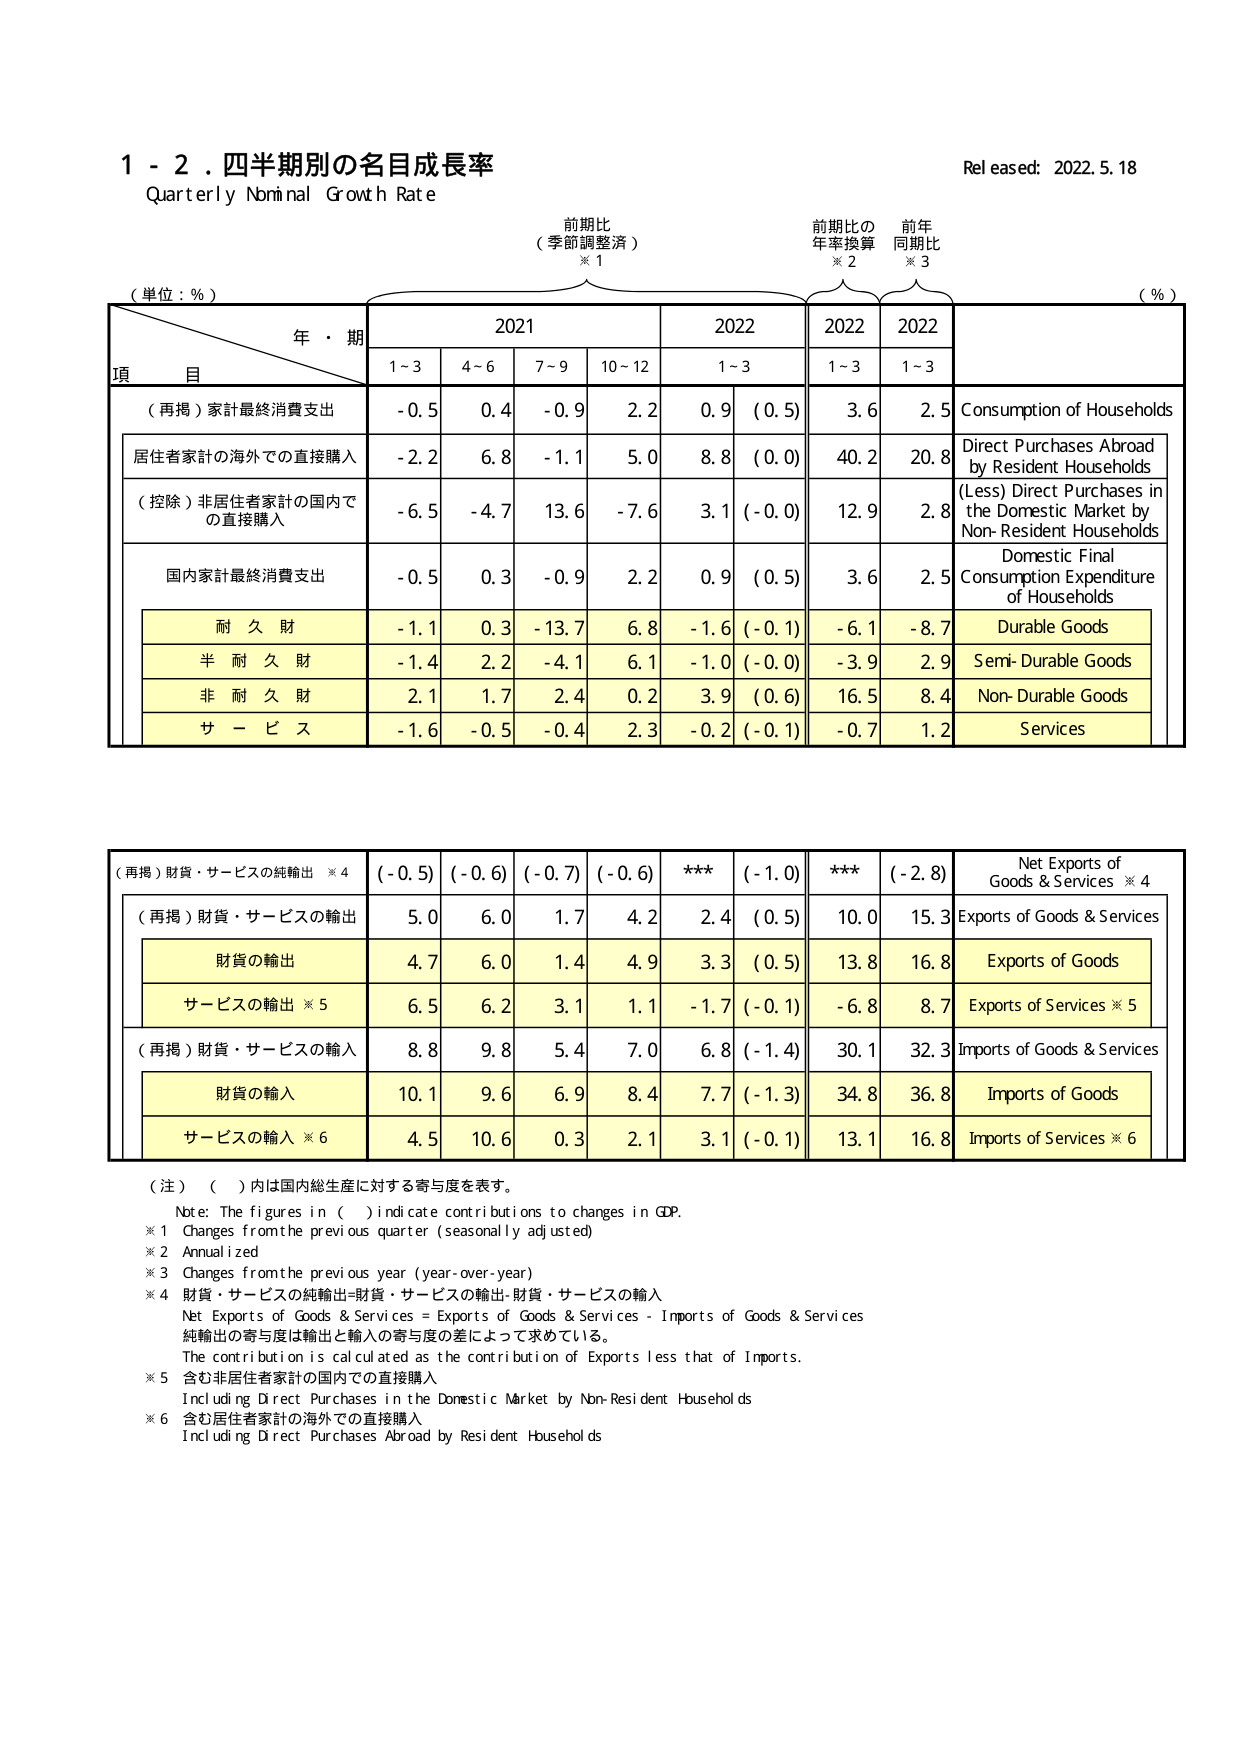
1 - 2. 四半期別の名目成長率
Quarterly Nominal Growth Rate
Released: 2022.5.18

（単位：%）
年・期
項 目
前期比
（季節調整済）※1
前期比の
年率換算※2
前年
同期比※3
（%）

2021
2022
2022
2022

1~3
4~6
7~9
10~12
1~3
1~3
1~3

（再掲）家計最終消費支出
-0.5
0.4
-0.9
2.2
0.9
(0.5)
3.6
2.5
Consumption of Households

居住者家計の海外での直接購入
-2.2
6.8
-1.1
5.0
8.8
(0.0)
40.2
20.8
Direct Purchases Abroad by Resident Households

（控除）非居住者家計の国内での直接購入
-6.5
-4.7
13.6
-7.6
3.1
(-0.0)
12.9
2.8
(Less) Direct Purchases in the Domestic Market by Non-Resident Households

国内家計最終消費支出
-0.5
0.3
-0.9
2.2
0.9
(0.5)
3.6
2.5
Domestic Final Consumption Expenditure of Households

耐 久 財
-1.1
0.3
-13.7
6.8
-1.6
(-0.1)
-6.1
-8.7
Durable Goods

半 耐 久 財
-1.4
2.2
-4.1
6.1
-1.0
(-0.0)
-3.9
2.9
Semi-Durable Goods

非 耐 久 財
2.1
1.7
2.4
0.2
3.9
(0.6)
16.5
8.4
Non-Durable Goods

サ ー ビ ス
-1.6
-0.5
-0.4
2.3
-0.2
(-0.1)
-0.7
1.2
Services

（再掲）財貨・サービスの純輸出※4
(-0.5)
(-0.6)
(-0.7)
(-0.6)
***
(-1.0)
***
(-2.8)
Net Exports of Goods & Services※4

（再掲）財貨・サービスの輸出
5.0
6.0
1.7
4.2
2.4
(0.5)
10.0
15.3
Exports of Goods & Services

財貨の輸出
4.7
6.0
1.4
4.9
3.3
(0.5)
13.8
16.8
Exports of Goods

サービスの輸出※5
6.5
6.2
3.1
1.1
-1.7
(-0.1)
-6.8
8.7
Exports of Services※5

（再掲）財貨・サービスの輸入
8.8
9.8
5.4
7.0
6.8
(-1.4)
30.1
32.3
Imports of Goods & Services

財貨の輸入
10.1
9.6
6.9
8.4
7.7
(-1.3)
34.8
36.8
Imports of Goods

サービスの輸入※6
4.5
10.6
0.3
2.1
3.1
(-0.1)
13.1
16.8
Imports of Services※6

（注）（ ）内は国内総生産に対する寄与度を表す。
Note: The figures in ( ) indicate contributions to changes in GDP.
※1 Changes from the previous quarter (seasonally adjusted)
※2 Annualized
※3 Changes from the previous year (year-over-year)
※4 財貨・サービスの純輸出=財貨・サービスの輸出-財貨・サービスの輸入
Net Exports of Goods & Services = Exports of Goods & Services - Imports of Goods & Services
純輸出の寄与度は輸出と輸入の寄与度の差によって求めている。
The contribution is calculated as the contribution of Exports less that of Imports.
※5 含む非居住者家計の国内での直接購入
Including Direct Purchases in the Domestic Market by Non-Resident Households
※6 含む居住者家計の海外での直接購入
Including Direct Purchases Abroad by Resident Households